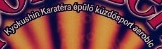
Kyokushin Karatera epulo kurdosport aembic